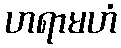
ဟရာမဟံ